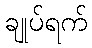
ချုပ်ရက်